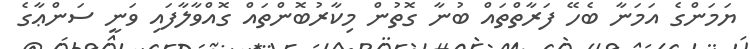
ޔަމަންގެ އަމަނާ ބެހޭ ފަރާތްތައް ބުނާ ގޮތުން މިކާރުބޮންތައް ގޮއްވާލާފައި ވަނީ ސަންޢާގެ